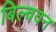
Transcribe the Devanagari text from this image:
बिल्ववन